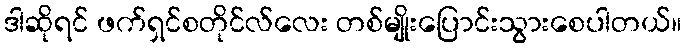
ဒါဆိုရင် ဖက်ရှင်စတိုင်လ်လေး တစ်မျိုးပြောင်းသွားစေပါတယ်။